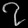
Digit: ၇